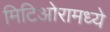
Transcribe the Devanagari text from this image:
मिटिओरामध्ये